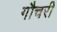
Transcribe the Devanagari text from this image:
गौचरी